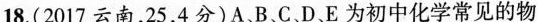
18.(2017云南，25，4分)A、B、C、D、E为初中化学常见的物